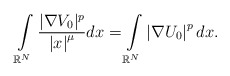
\begin{align*}\int\limits_{\mathbb{R}^{N}}\frac{|\nabla V_{0}|^{p}}{\left\vert x\right\vert ^{\mu}}dx=\int\limits_{\mathbb{R}^{N}}\left\vert \nabla U_{0}\right\vert ^{p}dx.\end{align*}